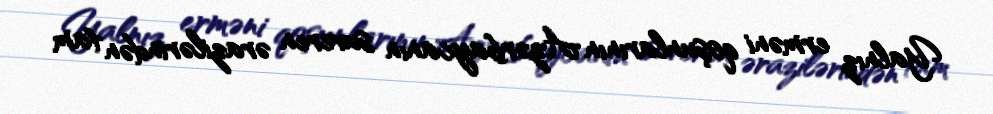
Yalnız erməni qoşunlarının Azərbaycanın suveren ərazilərindən tam